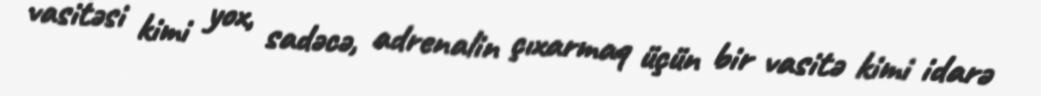
vasitəsi kimi yox, sadəcə, adrenalin çıxarmaq üçün bir vasitə kimi idarə